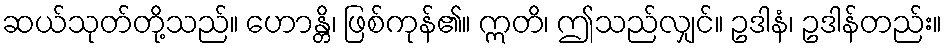
ဆယ်သုတ်တို့သည်။ ဟောန္တိ၊ ဖြစ်ကုန်၏။ ဣတိ၊ ဤသည်လျှင်။ ဥဒါနံ၊ ဥဒါန်တည်း။